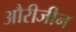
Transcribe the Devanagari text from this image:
औरीजीन